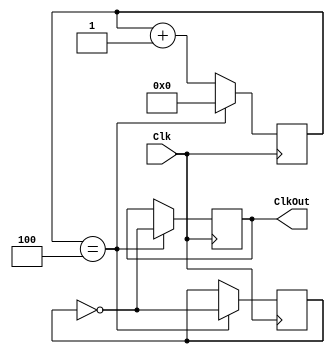
`timescale 1ns / 1ps
//////////////////////////////////////////////////////////////////////////////////
// Company: 
// Engineer: 
// 
// Design Name: 
// Module Name: ClockStall
// Project Name: 
// Target Devices: 
// Tool Versions: 
// Description: 
// 
// Dependencies: 
// 
// Revision:
// Revision 0.01 - File Created
// Additional Comments:
// 
//////////////////////////////////////////////////////////////////////////////////


module ClockStall(Clk, ClkOut);

    input Clk;
    output reg ClkOut;
    
    reg [5:0] DivCnt;
    reg ClkInt;
    
    initial begin
        DivCnt <= 0;
        ClkInt <= 0;
    end
    
    always@(posedge Clk) begin
        if(DivCnt == 4) begin
            ClkOut <= ~ClkInt;
            ClkInt <= ~ClkInt;
            DivCnt <= 0;
        end
        else begin
            DivCnt <= DivCnt + 1;
            ClkInt <= ClkInt;
            ClkOut <= ClkOut;
        end
    end

endmodule